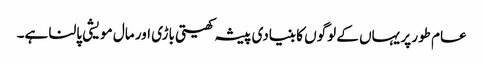
عام طور پر یہاں کے لوگوں کا بنیادی پیشہ کھیتی باڑی اور مال مویشی پالنا ہے۔